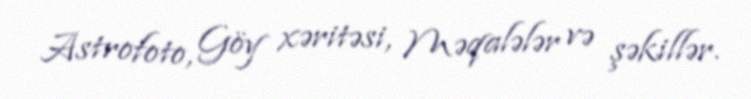
Astrofoto, Göy xəritəsi, Məqalələr və şəkillər.